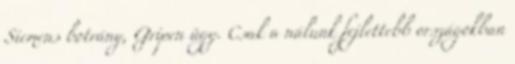
Siemens botrány, Gripen ügy. Csak a nálunk fejlettebb országokban